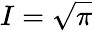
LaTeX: I={\sqrt{\pi}}